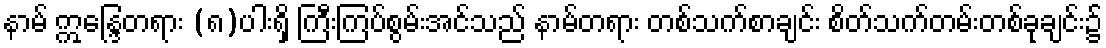
နာမ် ဣန္ဒြေတရား (၈)ပါးရှိ ကြီးကြပ်စွမ်းအင်သည် နာမ်တရား တစ်သက်စာချင်း စိတ်သက်တမ်းတစ်ခုချင်း၌